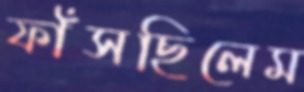
ফাঁসছিলেম